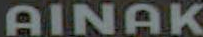
AINAK